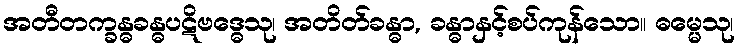
အတီတက္ခန္ဓခန္ဓပဋိဗဒ္ဓေသု၊ အတိတ်ခန္ဓာ, ခန္ဓာနှင့်စပ်ကုန်သော။ ဓမ္မေသု၊